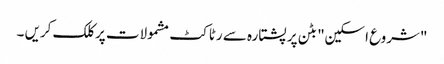
"شروع اسکین" بٹن پر پشتارہ سے رٹاکٹ مشمولات پر کلک کریں ۔